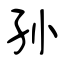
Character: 孙